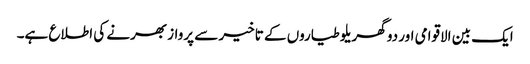
ایک بین الاقوامی اور دو گھریلو طیاروں کے تاخیر سے پرواز بھرنے کی اطلاع ہے۔